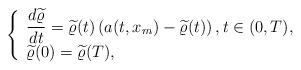
LaTeX: \begin{align*}\left\{\begin{array}{l}\dfrac{d\widetilde{\varrho}}{dt}=\widetilde{\varrho}(t)\left(a(t,x_m)-\widetilde{\varrho}(t)\right),t\in(0,T),\\\widetilde{\varrho}(0)=\widetilde{\varrho}(T),\end{array}\right.\end{align*}